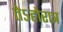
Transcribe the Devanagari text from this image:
तेऽहोरात्र